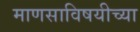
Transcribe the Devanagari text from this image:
माणसाविषयीच्या